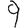
Digit: 9